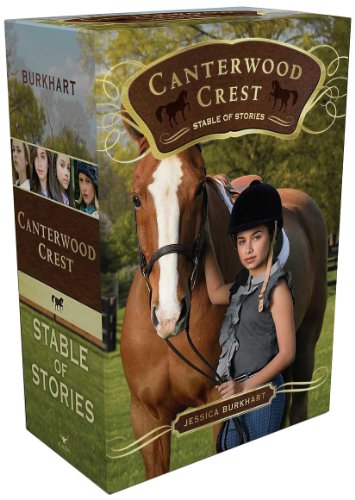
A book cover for Canterwood Crest Stable of Stories: Take the Reins; Behind the Bit; Chasing Blue; Triple Fault; Jessica Burkhart; Children's Books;